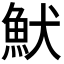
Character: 𩵥